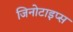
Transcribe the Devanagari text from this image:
जिनोटाइप्स